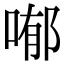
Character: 喐